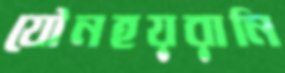
যৌনহয়রানি